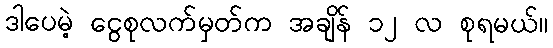
ဒါပေမဲ့ ငွေစုလက်မှတ်က အချိန် ၁၂ လ စုရမယ်။